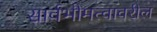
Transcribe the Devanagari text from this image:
सार्वभौमत्वावरील